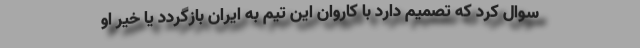
سوال کرد که تصمیم دارد با کاروان این تیم به ایران بازگردد یا خیر او